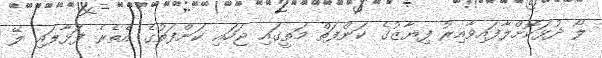
ލޯ ދުޅަކޮށްލާފައިވާއިރު ފިޔާޒުގެ ކަންފަތް މަތީގައި ޖަހައި ކަންފަތުގެ އެތެރެ ފަޅާލައި ލޭ